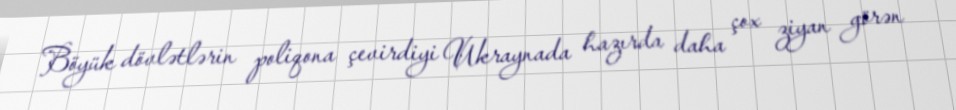
Böyük dövlətlərin poliqona çevirdiyi Ukraynada hazırda daha çox ziyan görən